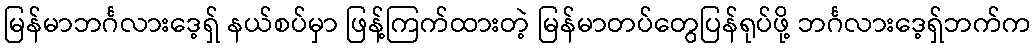
မြန်မာဘင်္ဂလားဒေ့ရှ် နယ်စပ်မှာ ဖြန့်ကြက်ထားတဲ့ မြန်မာတပ်တွေပြန်ရုပ်ဖို့ ဘင်္ဂလားဒေ့ရှ်ဘက်က